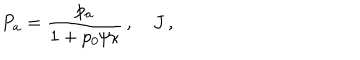
P _ { a } = \frac { p _ { a } } { 1 + p _ { 0 } / \kappa } \, , \quad J \, ,